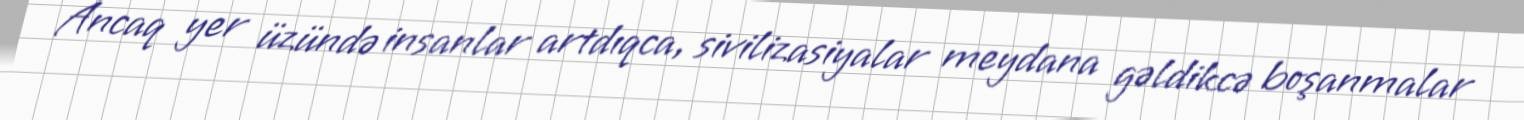
Ancaq yer üzündə insanlar artdıqca, sivilizasiyalar meydana gəldikcə boşanmalar